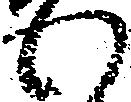
わ